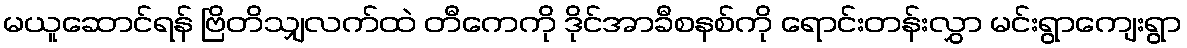
မယူဆောင်ရန် ဗြိတိသျှလက်ထဲ တီကေကို ဒိုင်အာခီစနစ်ကို ရောင်းတန်းလွှာ မင်းရွာကျေးရွာ